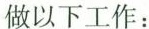
做以下工作：